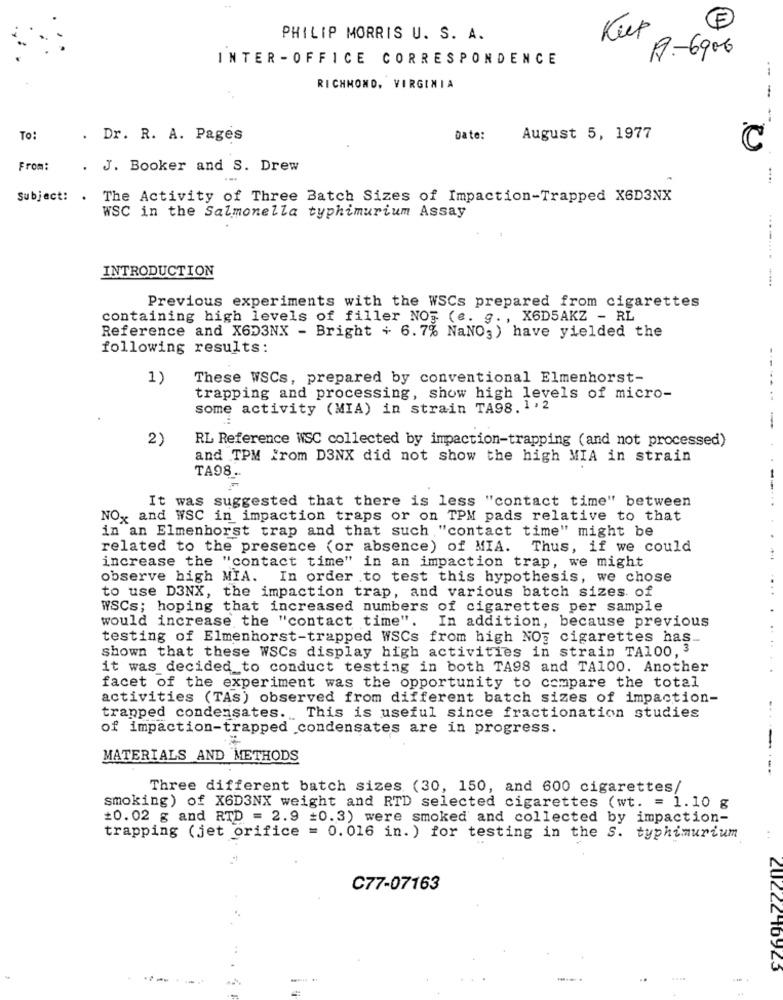
PHILIP MORRIS U. S. A.
Kup
R :- 6906
INTER -OFFICE CORRESPONDENCE
--
RICHMOND, VIRGINIA
To:
. Dr. R. A. Pages
Date:
August 5, 1977
C
From:
. J. Booker and S. Drew
Subject: .
The Activity of Three Batch Sizes of Impaction-Trapped X6D3NX
WSC in the Salmonella typhimurium Assay
INTRODUCTION
...-...---.
Previous experiments with the WSCs prepared from cigarettes
containing high levels of filler NO3 (e. g. , X6D5AKZ - RL
Reference and X6D3NX - Bright + 6.7% NaNO, ) have yielded the
following results:
1)
These WSCs, prepared by conventional Elmenhorst-
trapping and processing, show high levels of micro-
some activity (MIA) in strain TA98. 1.2
2)
RL Reference WSC collected by impaction-trapping (and not processed)
and TPM From D3NX did not show the high MIA in strain
TA98.
It was suggested that there is less "contact time" between
NO, and WSC in impaction traps or on TPM pads relative to that
in an Elmenhorst trap and that such "contact time" might be
related to the presence (or absence) of MIA.
Thus, if we could
increase the "contact time" in an impaction trap, we might
observe high MIA. In order to test this hypothesis, we chose
to use D3NX, the impaction trap, and various batch sizes of
WSCs; hoping that increased numbers of cigarettes per sample
would increase the "contact time".
In addition, because previous
testing of Elmenhorst-trapped WSCs from high NOg cigarettes has ..
shown that these WSCs display high activities in strain TA100,3
it was decided to conduct testing in both TA98 and TA100. Another
facet of the experiment was the opportunity to compare the total
activities (TAs) observed from different batch sizes of impaction-
trapped condensates.This is useful since fractionation studies
of impaction-trapped condensates are in progress.
MATERIALS AND METHODS
Three different batch sizes (30, 150, and 600 cigarettes/
smoking) of X6D3NX weight and RTD selected cigarettes (wt. = 1.10 g
£0.02 g and RTD = 2.9 =0.3) were smoked and collected by impaction-
trapping (jet orifice = 0.016 in. ) for testing in the S. typhimurium
C77-07163
20222-10923
.-...